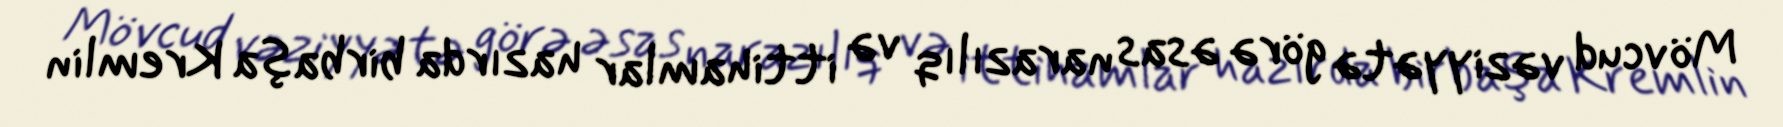
Mövcud vəziyyətə görə əsas narazılıq və ittihamlar hazırda birbaşa Kremlin